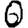
Digit: 0